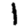
Digit: 1